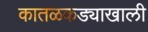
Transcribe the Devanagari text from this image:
कातळकड्याखाली